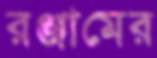
রঞ্জামের